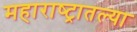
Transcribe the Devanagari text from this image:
महाराष्‍ट्रातल्या